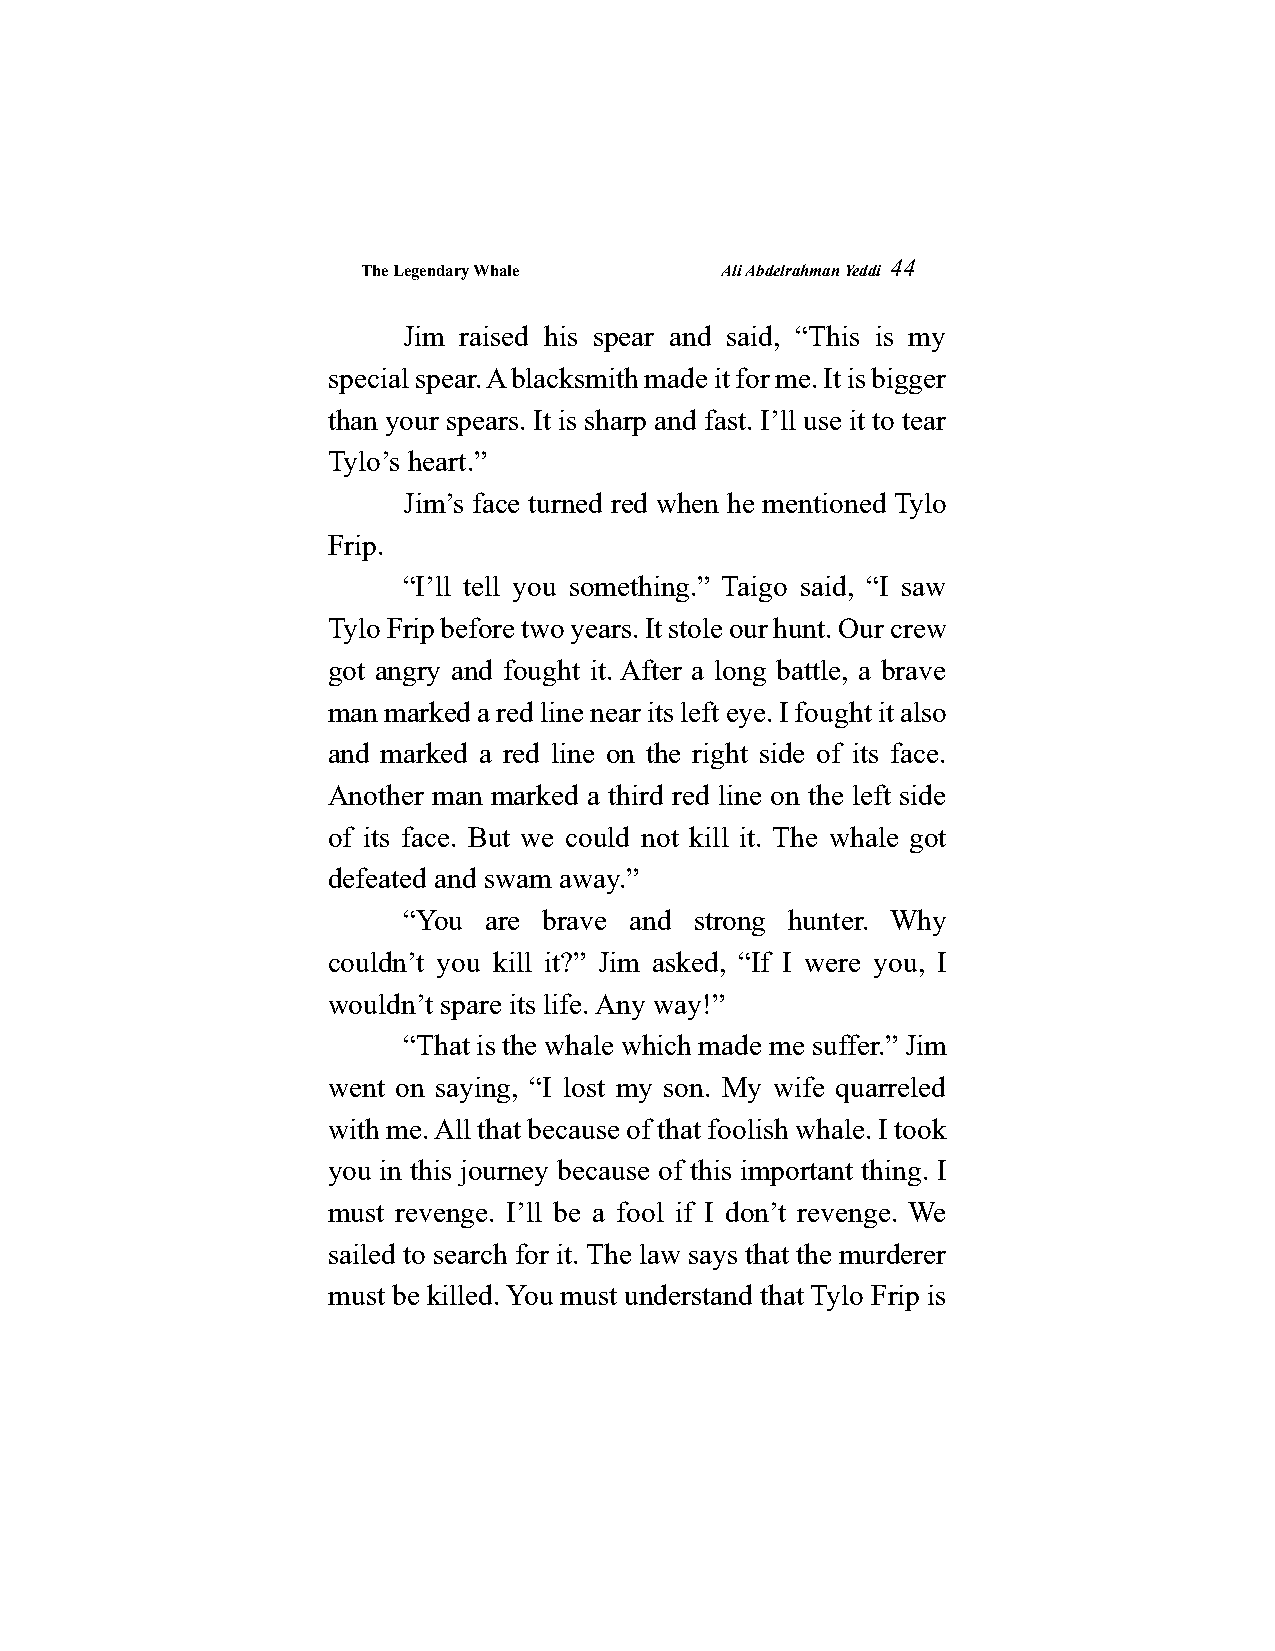
The Legendary Whale     Ali Abdelrahman Yeddi
 44
 Jim raised his spear and said, “This is my
 special spear. A blacksmith made it for me. It is bigger
 than your spears. It is sharp and fast. I’ll use it to tear
 Tylo’s heart.”
 Jim’s face turned red when he mentioned Tylo
 Frip.
 “I’ll tell you something.” Taigo said, “I saw
 Tylo Frip before two years. It stole our hunt. Our crew
 got angry and fought it. After a long battle, a brave
 man marked a red line near its left eye. I fought it also
 and marked a red line on the right side of its face.
 Another man marked a third red line on the left side
 of its face. But we could not kill it. The whale got
 defeated and swam away.”
 “You are brave and strong hunter. Why
 couldn’t you kill it?” Jim asked, “If I were you, I
 wouldn’t spare its life. Any way!”
 “That is the whale which made me suffer.” Jim
 went on saying, “I lost my son. My wife quarreled
 with me. All that because of that foolish whale. I took
 you in this journey because of this important thing. I
 must revenge. I’ll be a fool if I don’t revenge. We
 sailed to search for it. The law says that the murderer
 must be killed. You must understand that Tylo Frip is